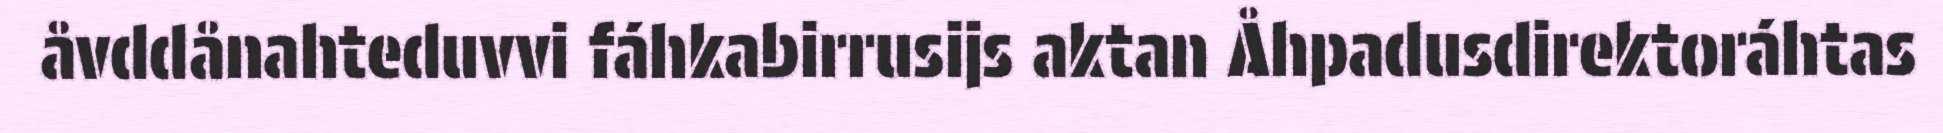
åvddånahteduvvi fáhkabirrusijs aktan Åhpadusdirektoráhtas